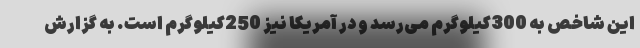
این شاخص به 300کیلوگرم می‌رسد و در آمریکا نیز 250کیلوگرم است. به گزارش